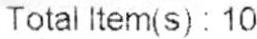
TOTAL ITEM(S) : 10